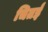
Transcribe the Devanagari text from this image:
चितई